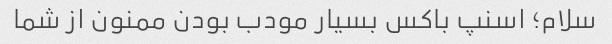
سلام؛ اسنپ باکس بسیار مودب بودن ممنون از شما